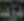
مود